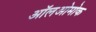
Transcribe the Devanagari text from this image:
ऑलओमोक